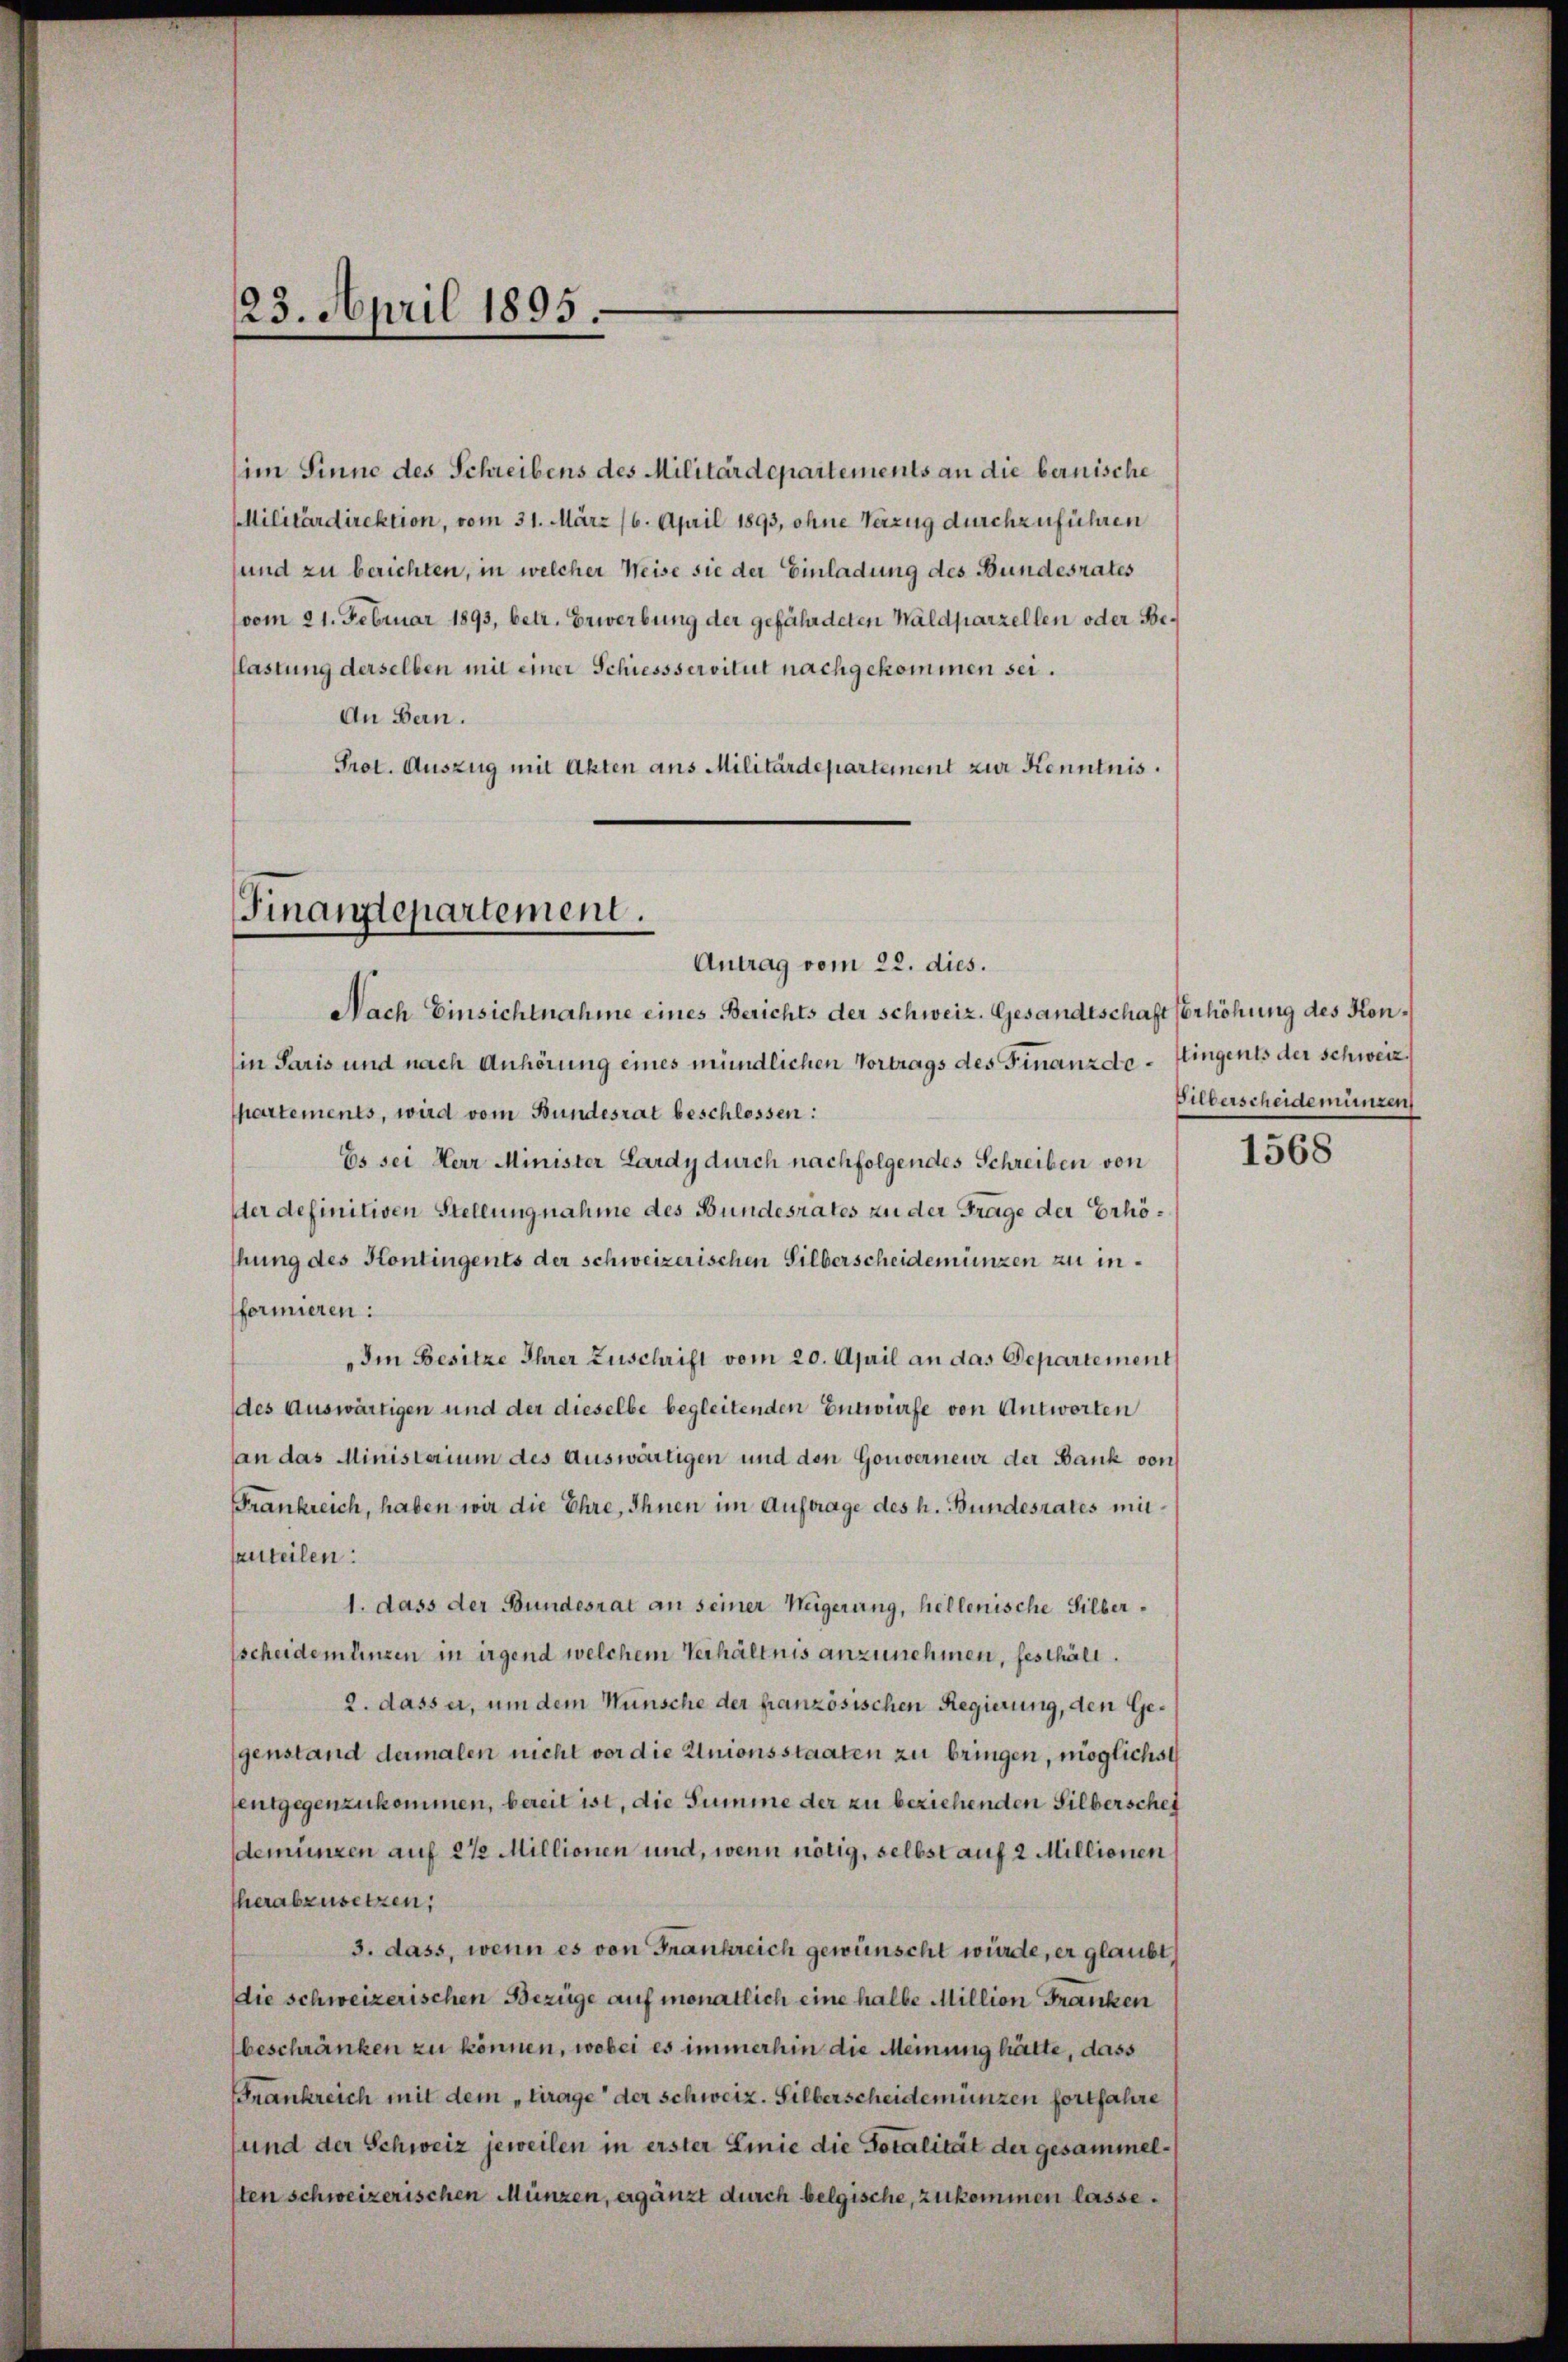
(im Sinne des Schreibens des Militärdepartements an die bernische
Militärdirektion, vom 31. März 16. April 1893, ohne Verzug durchzuführen
sund zu berichten, in welcher Weise sie der Einladung des Bundesrates
(vom 21. Februar 1893, betr. Erwerbung der gefährdeten Waldparzellen oder Beflastung derselben mit einer Schiessservitut nachgekommen sei.
An Bern.
Prot. Auszug mit Akten aus Militärdepartement zur Kenntnis.

Nach Einsichtnahme eines Berichts der Schweiz. Gesandtschaft Verhöhung des Kon¬
(in Paris und nach Anhörung eines mündlichen Vortrags des Finanzde¬
Chartements, wird vom Bundesrat beschlossen:
Es sei Herr Minister Lardy durch nachfolgendes Schreiben von
dter definitiven Stellung nahme des Bundesrates zu der Frage der Erhöhung des Kontingents der schweizerischen Silberscheidemünzen zu informieren:
Im Besitze Ihrer Zuschrift vom 20. April an das Departement
des Auswärtigen und der dieselbe begleitenden Entwurfe von Antworten
an das Ministerium des Auswärtigen und den Gouverneur der Bank von
Frankreich, haben wir die Ehre, Ihnen im Auftrage des h. Bundesrates mitsanteilen:
1. dass der Bundesrat an seiner Weigerung, hellenische Silberscheidemünzen in irgend welchem Verhältnis anzunehmen, festhält.
2. dass er, um dem Wunsche der französischen Regierung, den Gegenstand dermalen nicht vor die Unionsstaaten zu bringen, möglichst
entgegenzukommen, bereit ist, die Summe der zu beziehenden Silberschei
demünzen auf 2 1/2 Millionen und, wenn nötig, selbst auf 2 Millionen
herabzusetzen;
3. dass, wenn es von Frankreich gewünscht würde, er glaubt
die schweizerischen Bezüge auf monatlich eine halbe Million Franken
beschränken zu können, wobei es immerhin die Meinung hätte, dass
Frankreich mit dem „Frage der Schweiz. Silberscheidemünzen fortfahre
und der Schweiz jeweilen in erster Linie die Totalität der gesammelsten schweizerischen Münzen, ergänzt durch belgische, zukommen lasse.

23. April 1895.

Finanzdepartement.
Antrag vom 22. dies.

tingents der Schweiz.
Biberscheidemünzen

1568